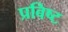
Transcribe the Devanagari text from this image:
प्रविष्‍ट